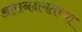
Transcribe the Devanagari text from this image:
आसनक्षमतेच्या